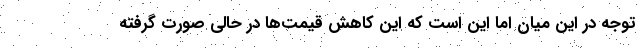
توجه در این میان اما این است که این کاهش قیمت‌ها در حالی صورت گرفته